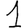
Digit: 1